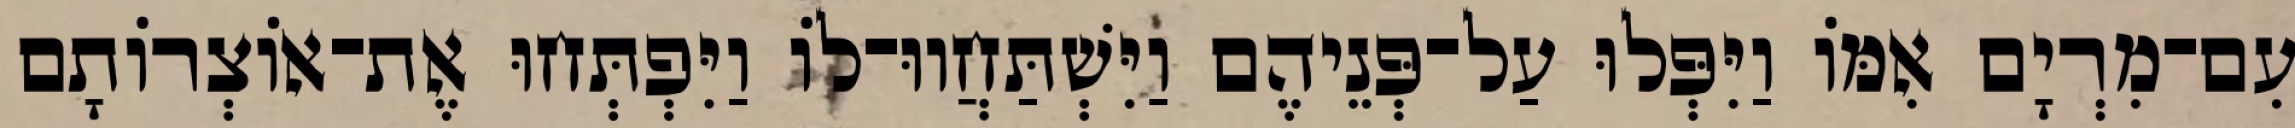
עִם־מִרְיָם אִמּוֹ וַיִּפְּלוּ עַל־פְּנֵיהֶם וַיִּשְׁתַּחֲווּ־לוֹ וַיִּפְתְּחוּ אֶת־אוֹצְרוֹתָם